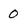
Character: 0